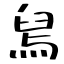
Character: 舃